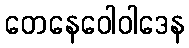
တေနေဝေါဝါဒေန